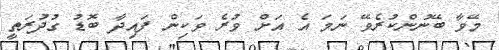
މޭވާ ބޭނުންކުރެވޭ ނަމަ އެ އަށް ވުރެ ވަކިން ފައިދާ ބޮޑު ގުދުރަތީ